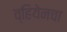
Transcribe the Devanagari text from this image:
व्हियेनचा